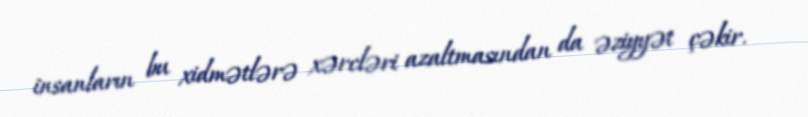
insanların bu xidmətlərə xərcləri azaltmasından da əziyyət çəkir.